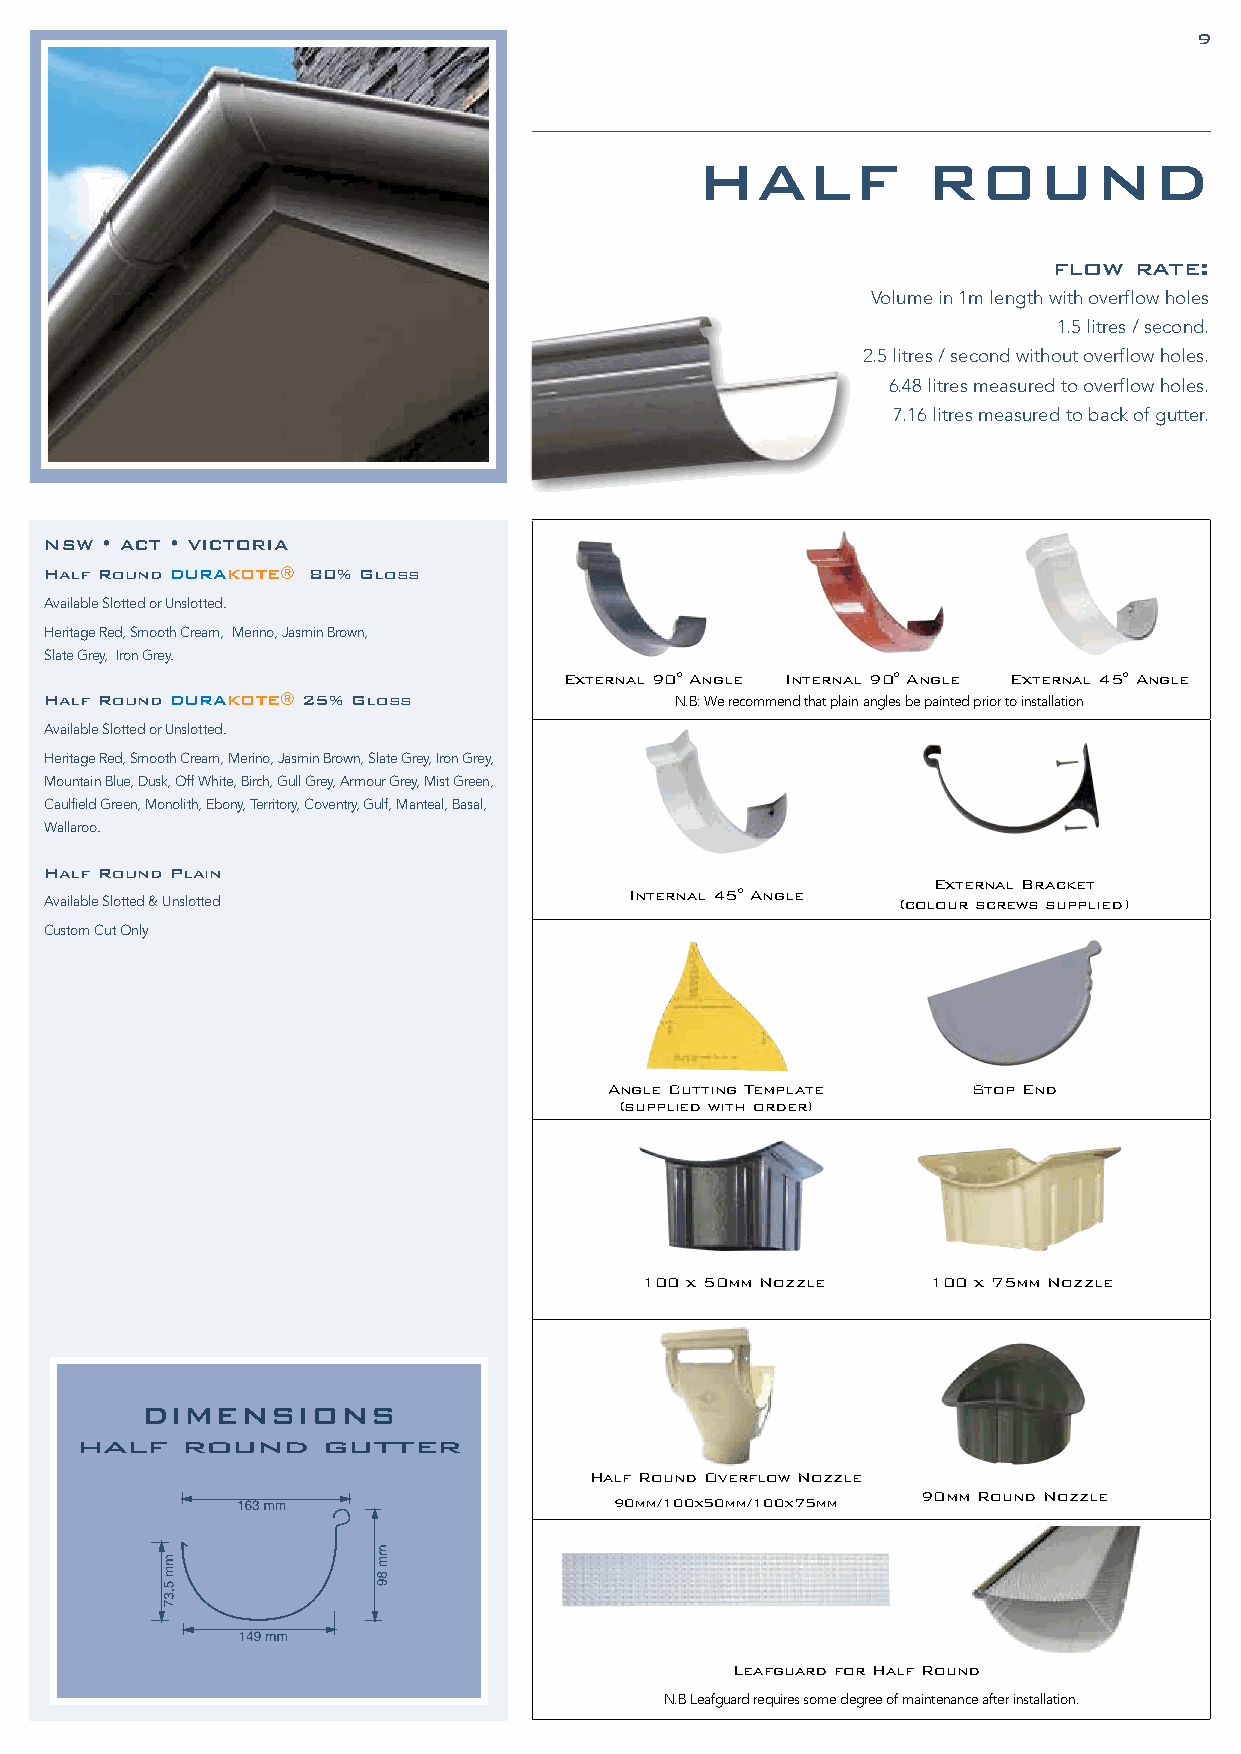
8                                                                              9
 HALF           ROUND
 flow rate:
 Volume in 1m length with overflow holes
 1.5 litres / second.
 2.5 litres / second without overflow holes.
 6.48 litres measured to overflow holes.
 7.16 litres measured to back of gutter.
 NSW • ACT • VICTORIA
 Half Round DURAKOTE® 80% Gloss
 Available Slotted or Unslotted.
 Heritage Red, Smooth Cream, Merino, Jasmin Brown,
 Slate Grey, Iron Grey.
 External 90° Angle Internal 90° Angle External 45° Angle
 Half Round DURAKOTE® 25% Gloss            N.B: We recommend that plain angles be painted prior to installation
 Available Slotted or Unslotted.
 Heritage Red, Smooth Cream, Merino, Jasmin Brown, Slate Grey, Iron Grey,
 Mountain Blue, Dusk, Off White, Birch, Gull Grey, Armour Grey, Mist Green,
 Caulfield Green, Monolith, Ebony, Territory, Coventry, Gulf, Manteal, Basal,
 Wallaroo.
 Half Round Plain
 External Bracket
 Internal 45° Angle
 Available Slotted & Unslotted                           (colour screws supplied)
 Custom Cut Only
 Angle Cutting Template  Stop End
 (supplied with order)
 100 x 50mm Nozzle   100 x 75mm Nozzle
 DIMENSIONS
 half   round    gutter
 Half Round Overflow Nozzle
 90mm Round Nozzle
 90mm/100x50mm/100x75mm
 Leafguard for Half Round
 N.B Leafguard requires some degree of maintenance after installation.